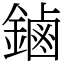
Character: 鏀